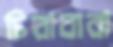
চিরাবারা